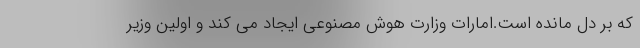
که بر دل مانده است.امارات وزارت هوش مصنوعی ایجاد می کند و اولین وزیر